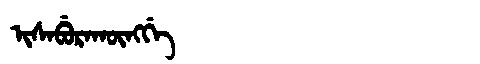
Manchu: ᡳᠰᠠᠪᡠᡵᠠᡴᡡᠩᡤᡝ
Romanization: ISABURAKŪNGGE